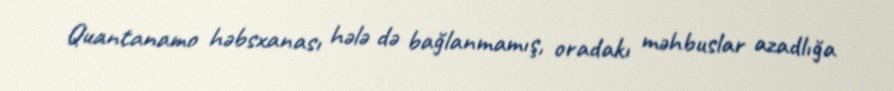
Quantanamo həbsxanası hələ də bağlanmamış, oradakı məhbuslar azadlığa